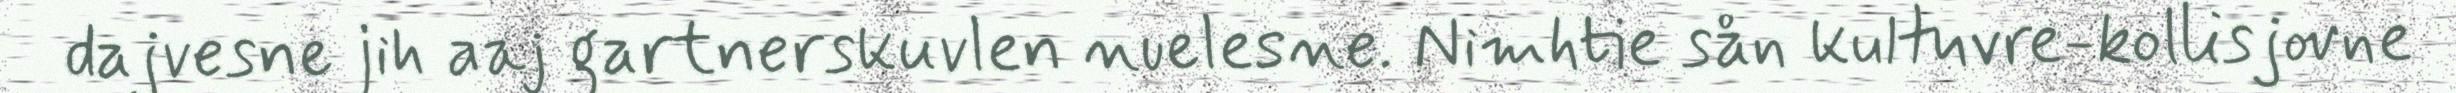
dajvesne jih aaj gartnerskuvlen nuelesne. Nimhtie sån kultuvre-kollisjovne